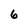
Character: 6